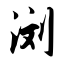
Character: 浏